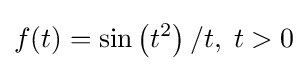
f(t)=\sin \left(t^{2}\right)/t,\;t>0